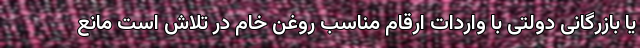
یا بازرگانی دولتی با واردات ارقام مناسب روغن خام در تلاش است مانع